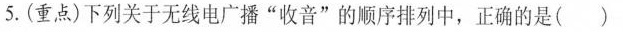
5.(重点)下列关于无线电广播”收音”的顺序排列中，正确的是()